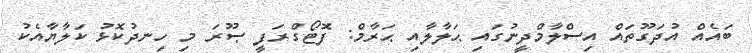
ބައެއް އުދަގޫތައް އިސްލާމްދީނުގައި ޙަލާލާއި ޙަރާމް: ފޮޓޯގްރަފީ ޞޫރަ މި ހިނދުކޮޅު ކަލާޔާއެކު